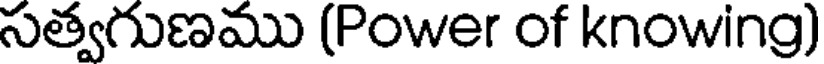
సత్వగుణము (Power of knowing)